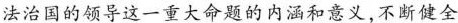
法治国的领导这一重大命题的内涵和意义，不断健全